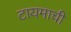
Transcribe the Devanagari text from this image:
टायमाची